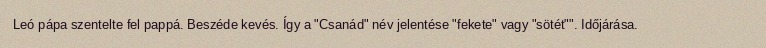
Leó pápa szentelte fel pappá. Beszéde kevés. Így a "Csanád" név jelentése "fekete" vagy "sötét"". Időjárása.